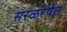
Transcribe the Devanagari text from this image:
सरळरेषेत